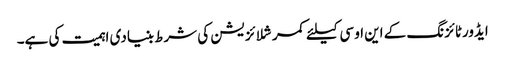
ایڈورٹائزنگ کے این او سی کیلئے کمرشلائزیشن کی شرط بنیادی اہمیت کی ہے۔